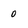
Character: 0